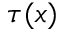
\tau ( x )